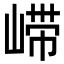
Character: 𫶇